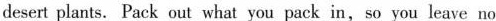
desert plants. \underline Pack \underline out \underline what \underline you \underline pack \underline in, so you leave no